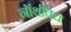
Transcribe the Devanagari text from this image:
नॉर्थविच